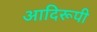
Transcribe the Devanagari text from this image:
आदिरूपी